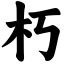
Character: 朽